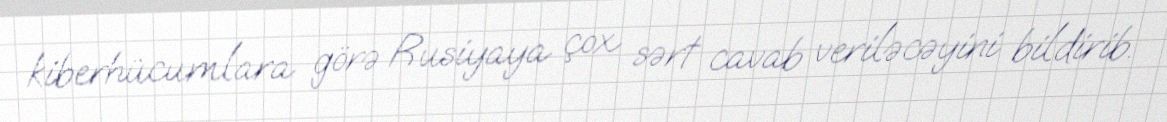
kiberhücumlara görə Rusiyaya çox sərt cavab veriləcəyini bildirib.